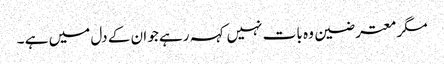
مگر معترضین وہ بات نہیں کہہ رہے جو ان کے دل میں ہے ۔